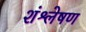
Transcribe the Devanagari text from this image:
शंश्लेषण